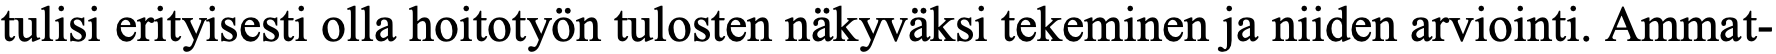
tulisi erityisesti olla hoitotyön tulosten näkyväksi tekeminen ja niiden arviointi. Ammat-